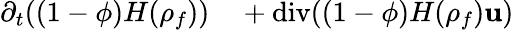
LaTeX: \begin{array}{rl}{\partial_{t}((1-\phi){H}({\rho}_{f}))}&{{}+\mathrm{div}((1-\phi){H}({\rho}_{f}){\mathbf u})}\end{array}